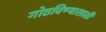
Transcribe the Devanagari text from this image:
गोठविण्यासाठी